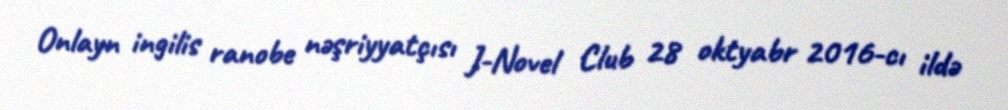
Onlayn ingilis ranobe nəşriyyatçısı J-Novel Club 28 oktyabr 2016-cı ildə